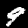
Digit: 9